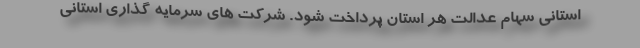
استانی سهام عدالت هر استان پرداخت شود. شرکت های سرمایه گذاری استانی